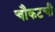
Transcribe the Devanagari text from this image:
चौकटची